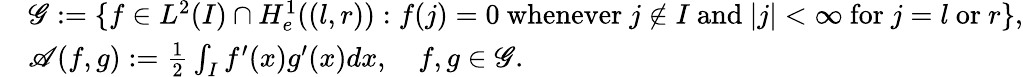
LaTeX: \begin{array}{rl}&{\mathscr G:=\{ f\in L^{2}(I)\cap H_{e}^{1}((l,r)):f(j)=0\mathrm{~whenever~}j\notin I\mathrm{~and~}|j|<\infty\mathrm{~for~}j=l\mathrm{~or~}r\} ,}\\ &{\mathscr A(f,g):=\frac{1}{2}\int_{I}f^{\prime}(x)g^{\prime}(x)dx,\quad f,g\in\mathscr G.}\end{array}